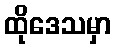
ထိုဒေသမှာ